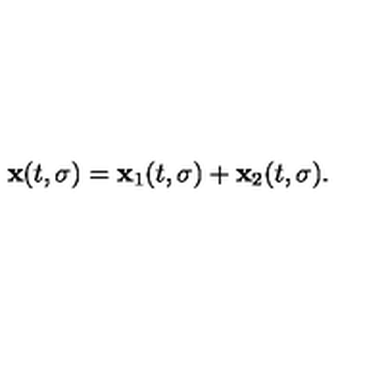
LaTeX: { \bf x } ( t , \sigma ) = { \bf x } _ { 1 } ( t , \sigma ) + { \bf x } _ { 2 } ( t , \sigma ) .